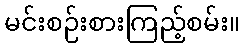
မင်းစဉ်းစားကြည့်စမ်း။